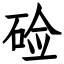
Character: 硷